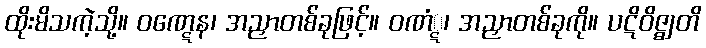
ထိုးမိသကဲ့သို့။ ဝဏ္ဋေန၊ အညှာတစ်ခုဖြင့်။ ဝဏံ္ဋ၊ အညှာတစ်ခုကို။ ပဋိဝိဇ္ဈတိ